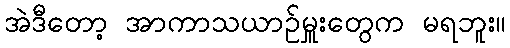
အဲဒီတော့ အာကာသယာဉ်မှူးတွေက မရဘူး။